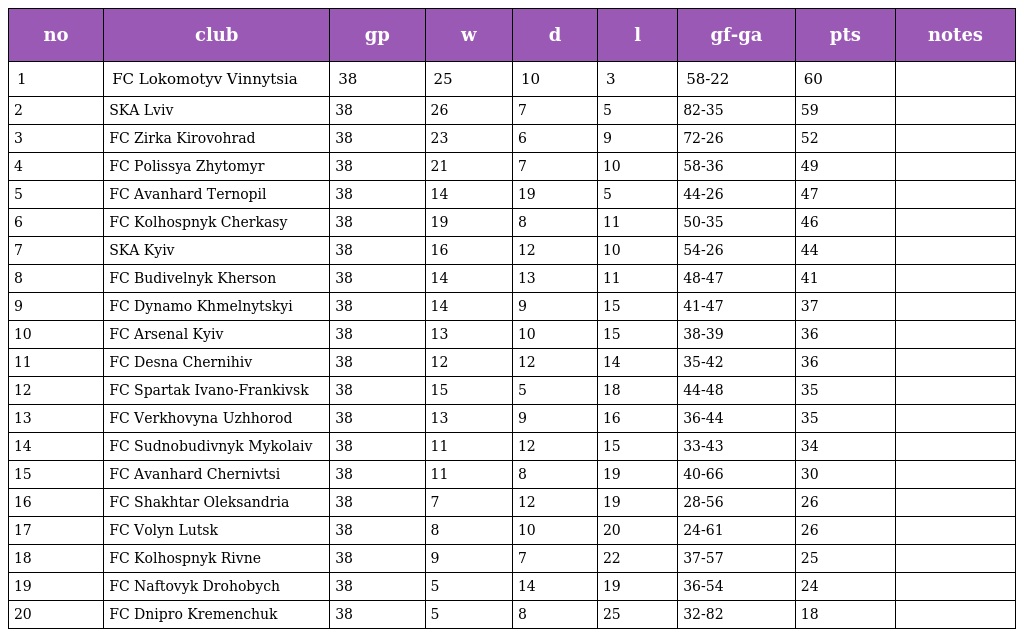
| no | club | gp | w | d | l | gf-ga | pts | notes |
 | --- | --- | --- | --- | --- | --- | --- | --- | --- |
 | 1 | FC Lokomotyv Vinnytsia | 38 | 25 | 10 | 3 | 58-22 | 60 |  |
 | 2 | SKA Lviv | 38 | 26 | 7 | 5 | 82-35 | 59 |  |
 | 3 | FC Zirka Kirovohrad | 38 | 23 | 6 | 9 | 72-26 | 52 |  |
 | 4 | FC Polissya Zhytomyr | 38 | 21 | 7 | 10 | 58-36 | 49 |  |
 | 5 | FC Avanhard Ternopil | 38 | 14 | 19 | 5 | 44-26 | 47 |  |
 | 6 | FC Kolhospnyk Cherkasy | 38 | 19 | 8 | 11 | 50-35 | 46 |  |
 | 7 | SKA Kyiv | 38 | 16 | 12 | 10 | 54-26 | 44 |  |
 | 8 | FC Budivelnyk Kherson | 38 | 14 | 13 | 11 | 48-47 | 41 |  |
 | 9 | FC Dynamo Khmelnytskyi | 38 | 14 | 9 | 15 | 41-47 | 37 |  |
 | 10 | FC Arsenal Kyiv | 38 | 13 | 10 | 15 | 38-39 | 36 |  |
 | 11 | FC Desna Chernihiv | 38 | 12 | 12 | 14 | 35-42 | 36 |  |
 | 12 | FC Spartak Ivano-Frankivsk | 38 | 15 | 5 | 18 | 44-48 | 35 |  |
 | 13 | FC Verkhovyna Uzhhorod | 38 | 13 | 9 | 16 | 36-44 | 35 |  |
 | 14 | FC Sudnobudivnyk Mykolaiv | 38 | 11 | 12 | 15 | 33-43 | 34 |  |
 | 15 | FC Avanhard Chernivtsi | 38 | 11 | 8 | 19 | 40-66 | 30 |  |
 | 16 | FC Shakhtar Oleksandria | 38 | 7 | 12 | 19 | 28-56 | 26 |  |
 | 17 | FC Volyn Lutsk | 38 | 8 | 10 | 20 | 24-61 | 26 |  |
 | 18 | FC Kolhospnyk Rivne | 38 | 9 | 7 | 22 | 37-57 | 25 |  |
 | 19 | FC Naftovyk Drohobych | 38 | 5 | 14 | 19 | 36-54 | 24 |  |
 | 20 | FC Dnipro Kremenchuk | 38 | 5 | 8 | 25 | 32-82 | 18 |  |